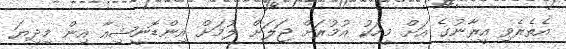
އެތެރެވި އީރާނުގެ އަށް މީހަކު އުމުރަށް ޖަލަށް ލުމަށް އިންޑޮނީޝިއާ އިން މިދިޔަ